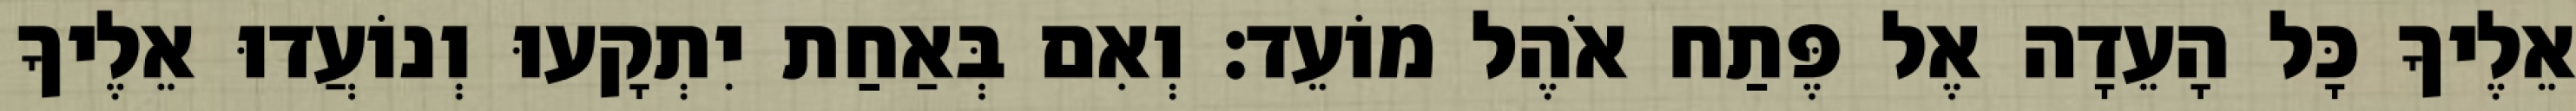
אֵלֶיךָ כָּל הָעֵדָה אֶל פֶּתַח אֹהֶל מוֹעֵד׃ וְאִם בְּאַחַת יִתְקָעוּ וְנוֹעֲדוּ אֵלֶיךָ